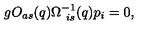
g O _ { a s } ( q ) \Omega _ { \ i s } ^ { - 1 } ( q ) p _ { i } = 0 ,